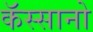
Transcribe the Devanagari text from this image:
कॅस्सानो